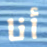
أنا